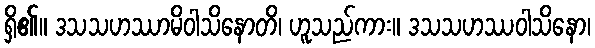
ရှိ၏။ ဒသသဟဿာမိဝါသိနောတိ၊ ဟူသည်ကား။ ဒသသဟဿဝါသိနော၊